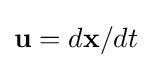
\mathbf {u} =d\mathbf {x} /dt